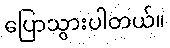
ပြောသွားပါတယ်။